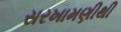
સરખામણીથી